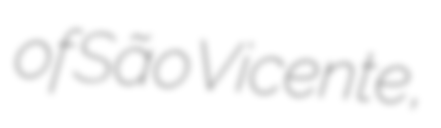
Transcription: of São Vicente,